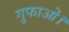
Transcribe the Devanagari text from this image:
गुफाओं।